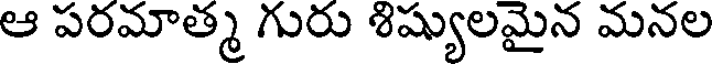
ఆ పరమాత్మ గురు శిష్యులమైన మనల